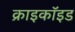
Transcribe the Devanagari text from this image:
क्राइकॉइड